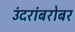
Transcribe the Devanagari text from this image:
उंदरांबरोबर